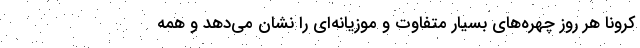
کرونا هر روز چهره‌های بسیار متفاوت و موزیانه‌ای را نشان می‌دهد و همه